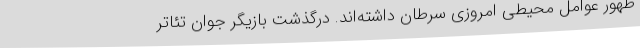
ظهور عوامل محیطی امروزی سرطان داشته‌اند. درگذشت بازیگر جوان تئاتر